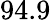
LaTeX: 94.9